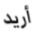
أريد